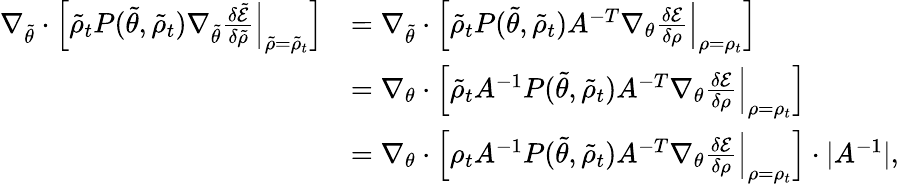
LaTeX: \begin{array}{rl}{\nabla_{\tilde{\theta}}\cdot\Bigl[\tilde{\rho}_{t}P(\tilde{\theta},\tilde{\rho}_{t})\nabla_{\tilde{\theta}}\frac{\delta\tilde{\mathcal{E}}}{\delta\tilde{{\rho}}}\Bigr|_{\tilde{\rho}=\tilde{\rho}_{t}}\Bigr]}&{=\nabla_{\tilde{\theta}}\cdot\Bigl[\tilde{\rho}_{t}P(\tilde{\theta},\tilde{\rho}_{t})A^{-T}\nabla_{\theta}\frac{\delta\mathcal{E}}{\delta{\rho}}\Bigr|_{\rho=\rho_{t}}\Bigr]}\\ &{=\nabla_{\theta}\cdot\Bigl[\tilde{\rho}_{t}A^{-1}P(\tilde{\theta},\tilde{\rho}_{t})A^{-T}\nabla_{\theta}\frac{\delta\mathcal{E}}{\delta{\rho}}\Bigr|_{\rho=\rho_{t}}\Bigr]}\\ &{=\nabla_{\theta}\cdot\Bigl[\rho_{t}A^{-1}P(\tilde{\theta},\tilde{\rho}_{t})A^{-T}\nabla_{\theta}\frac{\delta\mathcal{E}}{\delta{\rho}}\Bigr|_{\rho=\rho_{t}}\Bigr]\cdot|A^{-1}|,}\end{array}